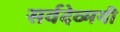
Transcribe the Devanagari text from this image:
सर्वदेव्मयी